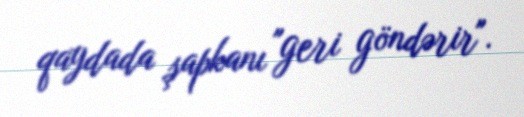
qaydada şapkanı "geri göndərir".